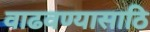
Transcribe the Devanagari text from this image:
वाढवण्यासाठि